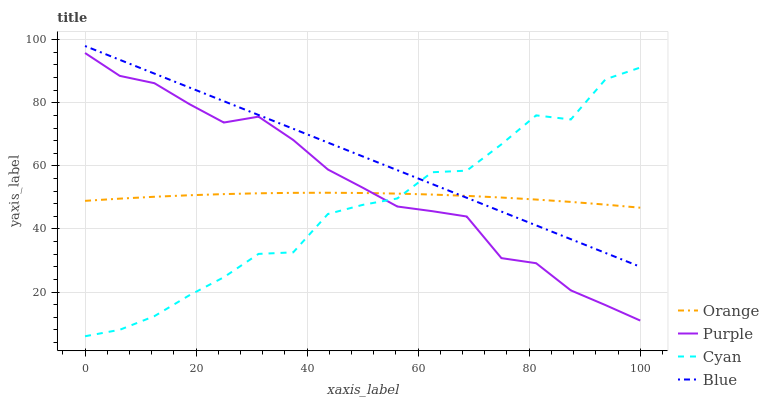
| xaxis_label | Orange | Purple | Cyan | Blue |
 | --- | --- | --- | --- | --- |
 | 0 | 48.9 | 95.8 | 6 | 98 |
 | 6.25 | 49.6 | 88.5 | 8.04 | 93.6 |
 | 12.5 | 50.2 | 86.2 | 12.4 | 89.3 |
 | 18.8 | 50.7 | 79.6 | 18.9 | 84.9 |
 | 25 | 51.1 | 73.7 | 24.7 | 80.5 |
 | 31.2 | 51.3 | 75.6 | 32.1 | 76.1 |
 | 37.5 | 51.5 | 68.2 | 32.6 | 71.8 |
 | 43.8 | 51.5 | 58.8 | 44.8 | 67.4 |
 | 50 | 51.4 | 53.1 | 47.6 | 63 |
 | 56.2 | 51.2 | 47.1 | 49.7 | 58.6 |
 | 62.5 | 50.9 | 45.7 | 58 | 54.3 |
 | 68.8 | 50.5 | 44 | 58.5 | 49.9 |
 | 75 | 50 | 30.8 | 66.8 | 45.5 |
 | 81.2 | 49.3 | 29.2 | 76 | 41.1 |
 | 87.5 | 48.6 | 20.5 | 74.7 | 36.8 |
 | 93.8 | 47.7 | 15.9 | 87.5 | 32.4 |
 | 100 | 46.7 | 11 | 91.2 | 28 |